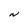
Character: N